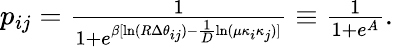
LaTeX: \begin{array}{r}{p_{ij}=\frac{1}{1+e^{\beta[\ln(R\Delta\theta_{ij})-\frac{1}{D}\ln(\mu\kappa_{i}\kappa_{j})]}}\equiv\frac{1}{1+e^{A}}.}\end{array}